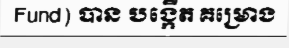
Fund) បាន បង្កើត គម្រោង